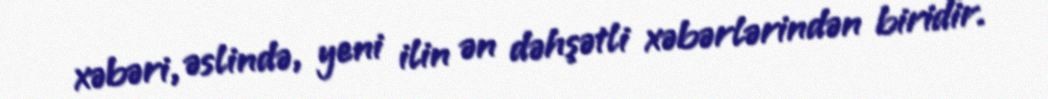
xəbəri, əslində, yeni ilin ən dəhşətli xəbərlərindən biridir.